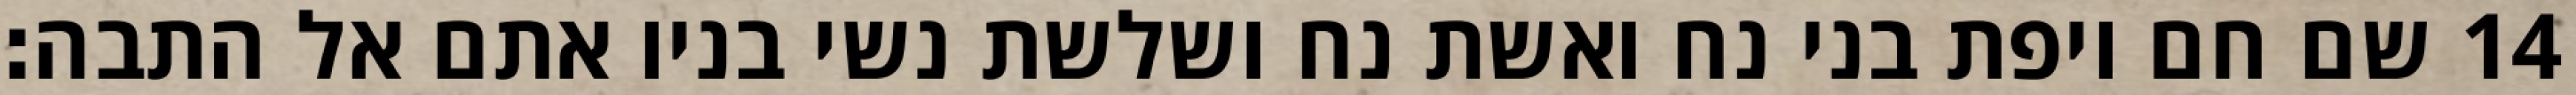
שם חם ויפת בני נח ואשת נח ושלשת נשי בניו אתם אל התבה׃ ‎14‏